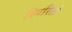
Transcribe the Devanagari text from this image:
स्पिरितो